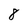
Character: 8